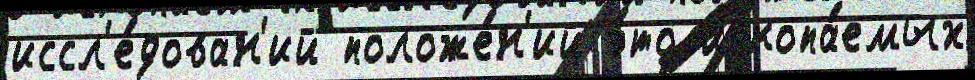
иссл'е́дован'ий положе́н'ий э́то ископа́емых